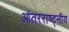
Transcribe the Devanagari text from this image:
आंतरराष्ट्नीय